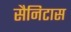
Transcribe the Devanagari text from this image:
सैनिटास